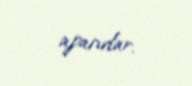
aparırlar.